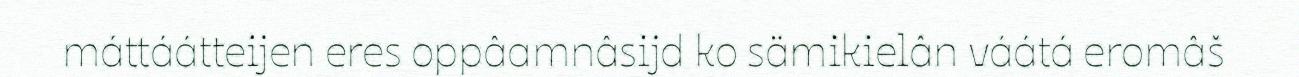
máttáátteijen eres oppâamnâsijd ko sämikielân váátá eromâš